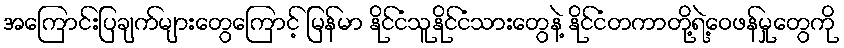
အကြောင်းပြချက်များတွေကြောင့် မြန်မာ နိုင်ငံသူနိုင်ငံသားတွေနဲ့ နိုင်ငံတကာတို့ရဲ့ဝေဖန်မှုတွေကို